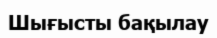
Шығысты бақылау